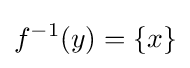
f^{-1}(y)=\{x\}